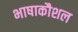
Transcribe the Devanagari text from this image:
भाषाकौशल